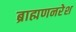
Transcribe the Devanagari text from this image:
ब्राह्मणनरेश